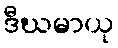
ဒီဃမာယု